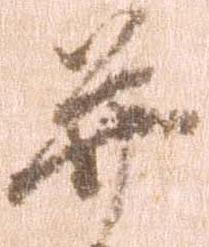
并